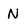
Character: n